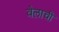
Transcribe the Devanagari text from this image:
वेलाची